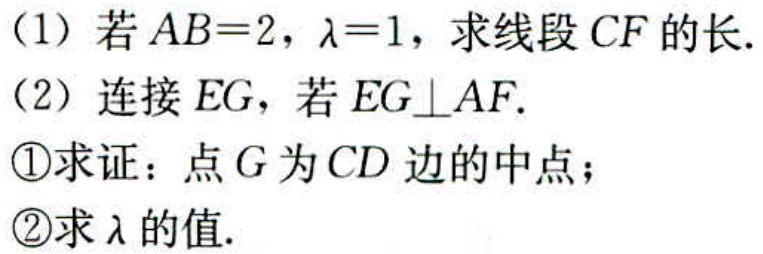
(1) 若\(AB = 2\)，\(\lambda=1\)，求线段\(CF\)的长.

(2) 连接\(EG\)，若\(EG\perp AF\).

\textcircled{1}求证：点\(G\)为\(CD\)边的中点；

\textcircled{2}求\(\lambda\)的值.